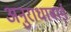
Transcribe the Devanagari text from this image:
अनुराधाबाई